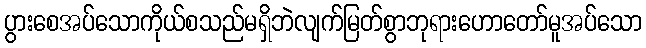
ပွားစေအပ်သောကိုယ်စသည်မရှိဘဲလျက်မြတ်စွာဘုရားဟောတော်မူအပ်သော